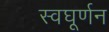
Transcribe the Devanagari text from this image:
स्वघूर्णन